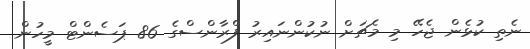
ނެތި ކުޅެން ޖެހޭ މި މެޗަށް ނުކުންނައިރު ފްރާންސްގެ 86 ޕަސެންޓް މީހުން